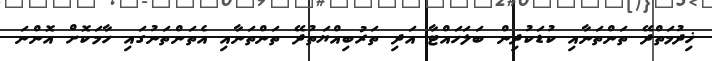
ޚިދުމަތްދޭ ތަންތަނާއި ކުޑަކުދިން ބަލަހައްޓާ އަދި ތަރުބިއްޔަތުދޭ ތަންތަނާއި އެތަންތަނުގައި ހާމަކޮށް އޮންނަ